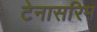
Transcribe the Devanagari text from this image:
टेनासरिम